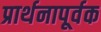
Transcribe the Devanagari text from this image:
प्रार्थनापूर्वक